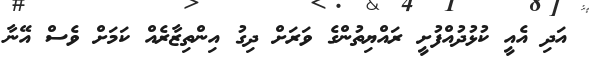
އަދި އެއީ ކުޅުދުއްފުށީ ރައްޔިތުންގެ ވަރަށް ދިގު އިންތިޒާރެއް ކަމަށް ވެސް އޭނާ